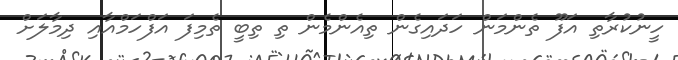
ހީނުކުރާތި އަފޫ ތެންމަން ހަދައިގެން ތިއެންމެން ތި ތިބީ ތެމިފަ އަފްހަމްއާއި ދިމާލަށް